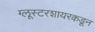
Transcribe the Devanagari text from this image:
ग्लूस्टरशायरकडून